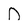
Character: D